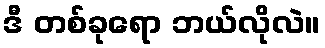
ဒီ တစ်ခုရော ဘယ်လိုလဲ။